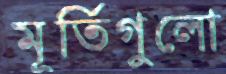
মূর্তিগুলো